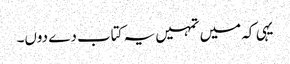
یہی کہ میں تمہیں یہ کتاب دے دوں۔